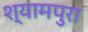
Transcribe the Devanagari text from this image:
श्यामपुरा